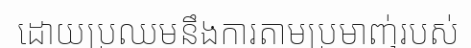
ដោយប្រឈមនឹងការតាមប្រមាញ់របស់